Leningradi_Edasi_toimetus, lk 77
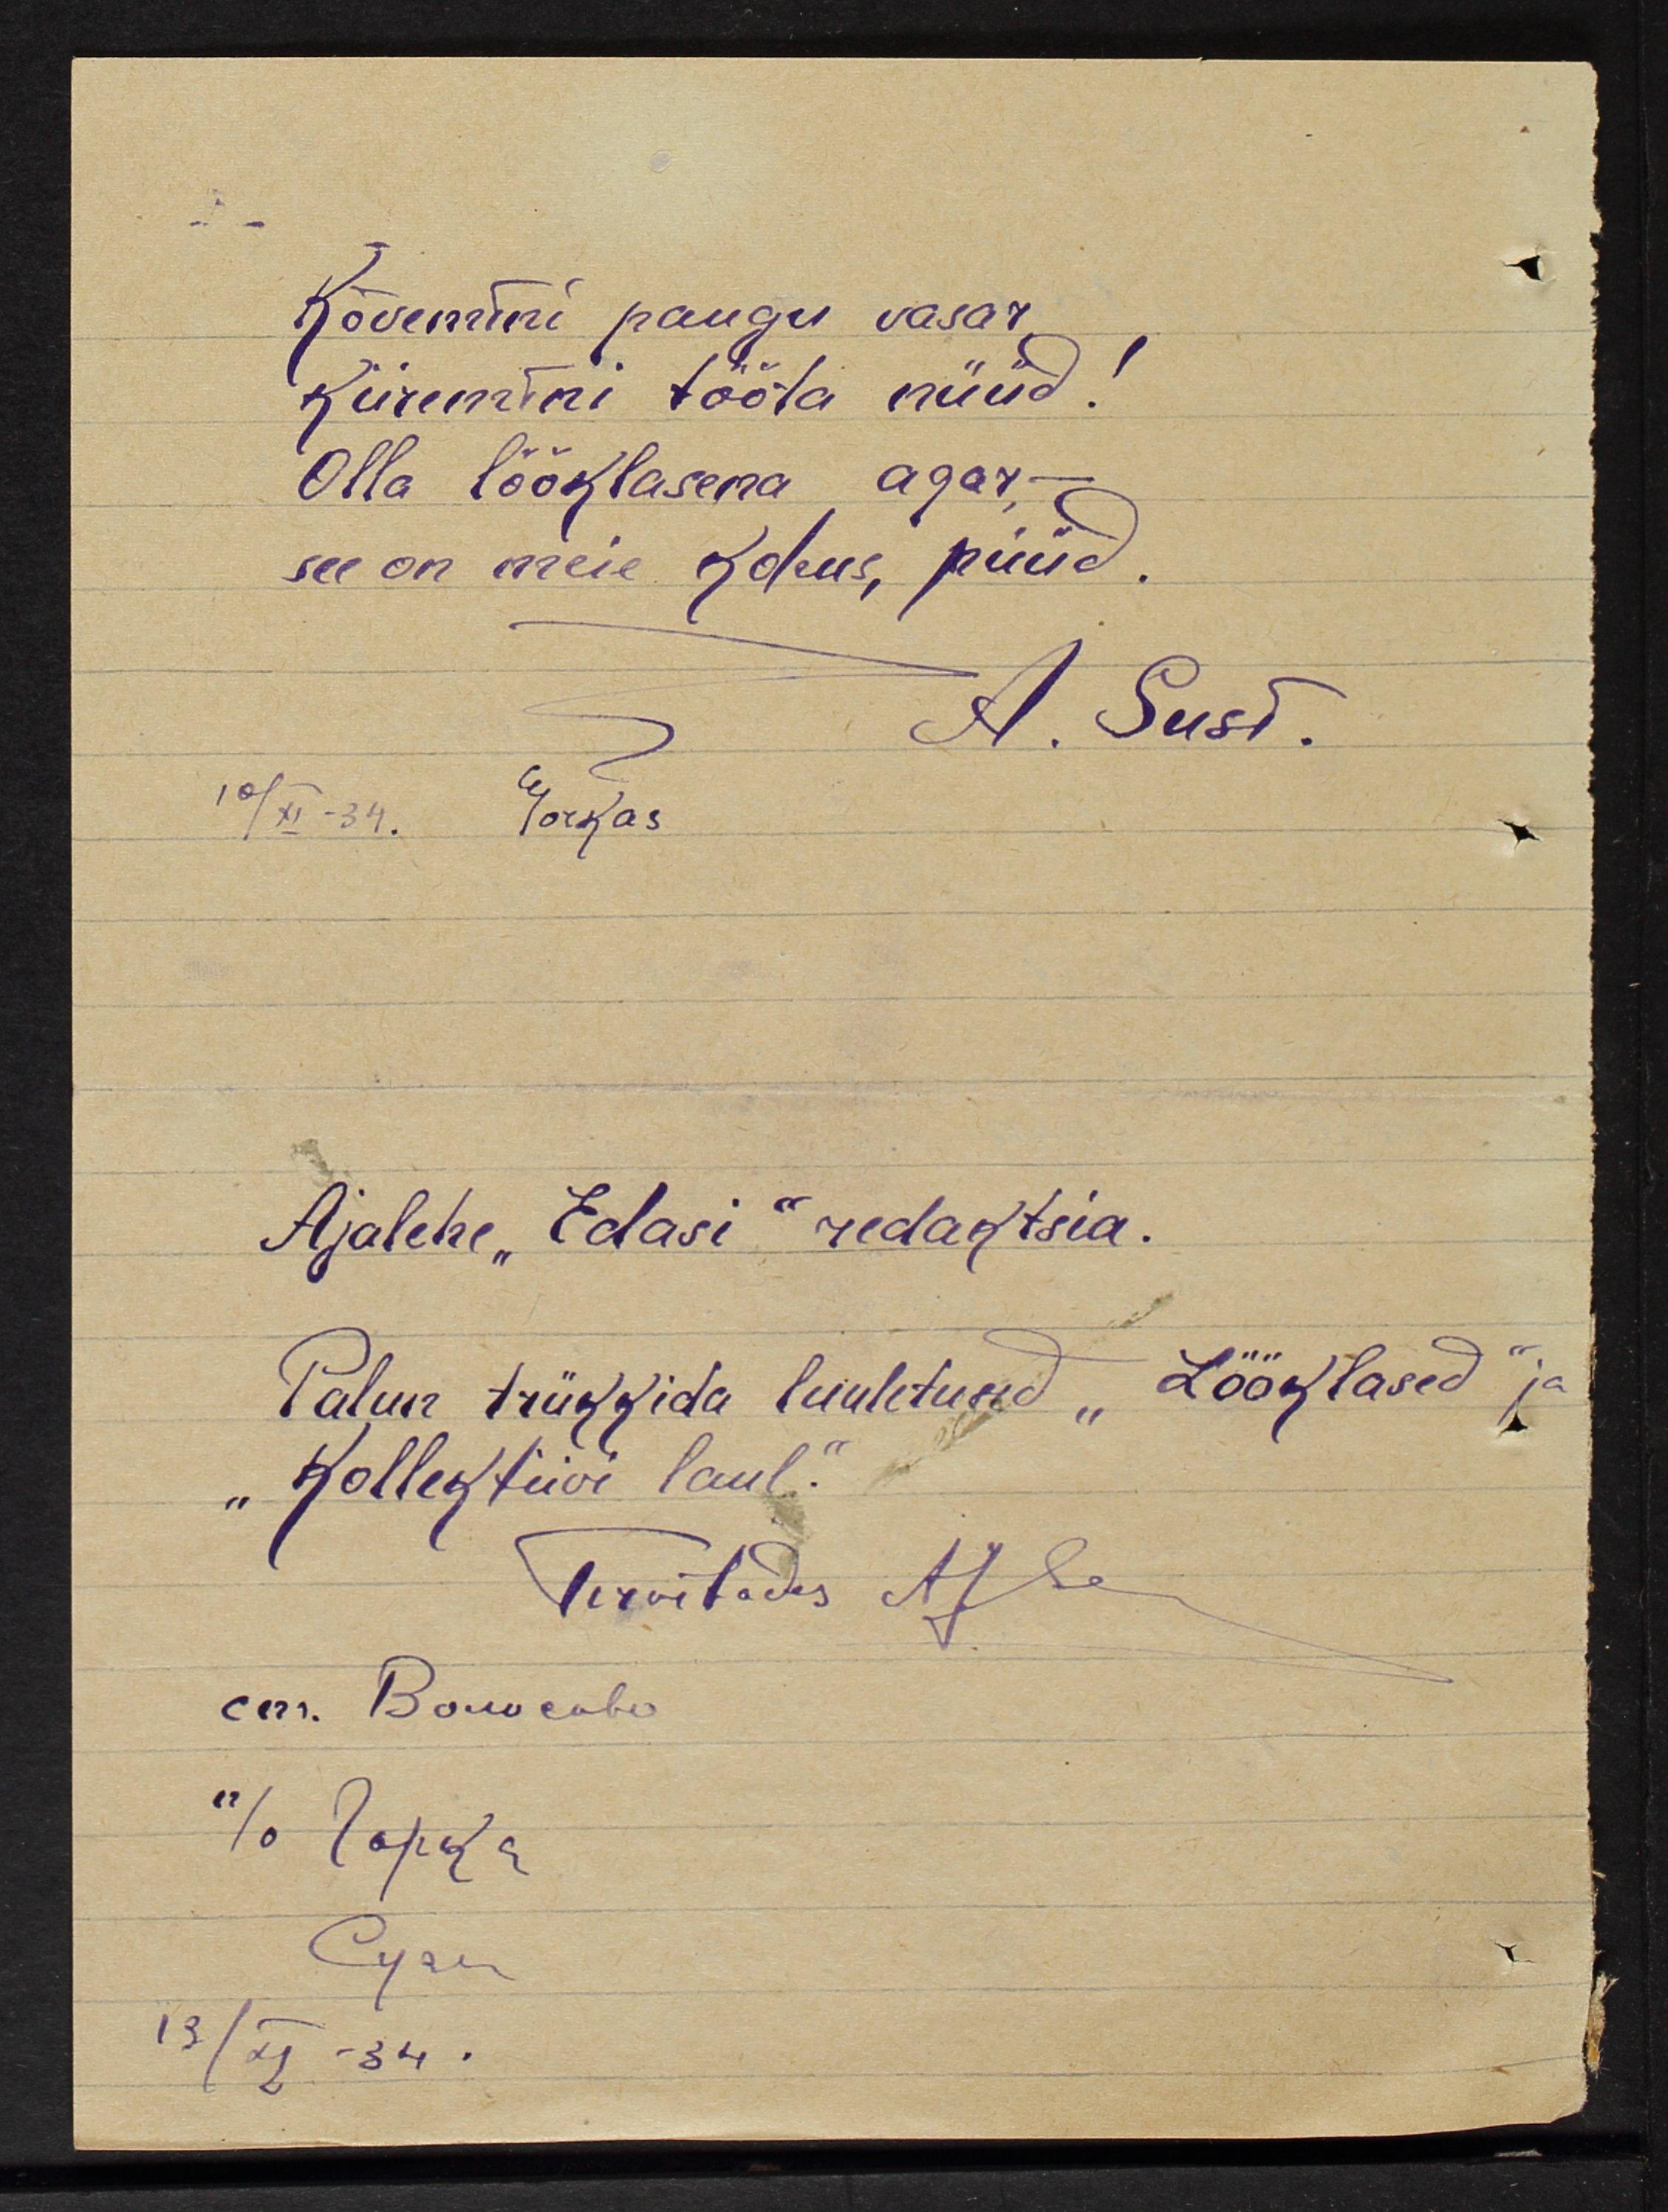
Kõwemini paugu vasar
Kiiremini tööta nüüd!
Olla lööklasena agar -
see on meie kohus, püüd.
A. Susi
10/XI - 34. Gorkas
Gorkas
Ajalehe "Edasi" redaktsia.
Palun trükkida luuletused "Lööklased" ja
"Kollektiivi laul."
Tervitades A. Susi
ст. Волоеабо
п/о Горка